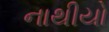
નાથીયો